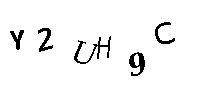
Y2UH9C